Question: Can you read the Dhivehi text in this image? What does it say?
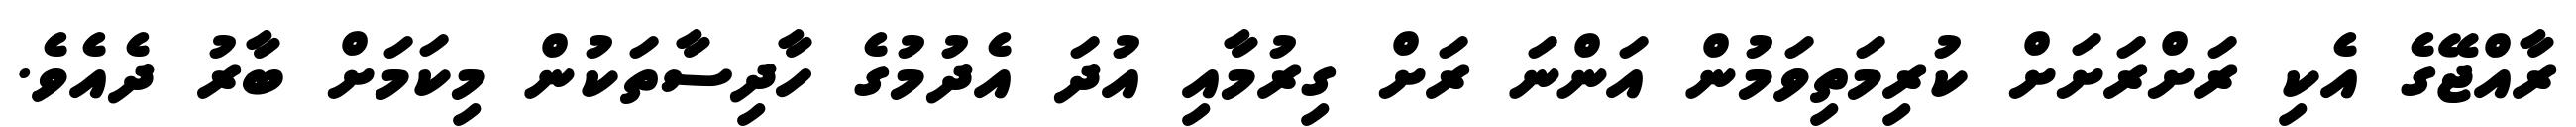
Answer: ރާއްޖޭގެ އެކި ރަށްރަށަށް ކުރިމަތިވަމުން އަންނަ ރަށް ގިރުމާއި އުދަ އެދުމުގެ ހާދިސާތަކުން މިކަމަށް ބާރު ދެއެވެ.